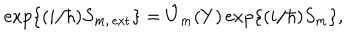
\mathrm { e x p } \{ ( i / \hbar ) S _ { m , \, \mathrm { e x t } } \} = \hat { U } _ { m } ( Y ) \, \mathrm { e x p } \{ ( i / \hbar ) S _ { m } \} ,